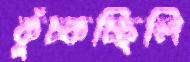
কুঁচ্‌কচ্ছিলি